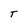
Character: T